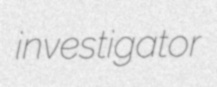
investigator